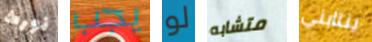
نورث يجب لو متشابه ينتابني